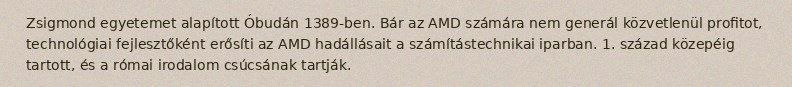
Zsigmond egyetemet alapított Óbudán 1389-ben. Bár az AMD számára nem generál közvetlenül profitot, technológiai fejlesztőként erősíti az AMD hadállásait a számítástechnikai iparban. 1. század közepéig tartott, és a római irodalom csúcsának tartják.